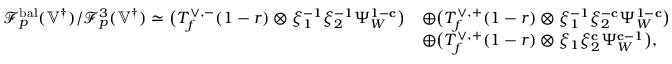
\begin{array} { r l } { \mathscr { F } _ { p } ^ { \mathrm { b a l } } ( { \mathbb { V } ^ { \dagger } } ) / \mathscr { F } _ { p } ^ { 3 } ( { \mathbb { V } ^ { \dagger } } ) \simeq \bigl ( T _ { f } ^ { \vee , - } ( 1 - r ) \otimes \xi _ { 1 } ^ { - 1 } \xi _ { 2 } ^ { - 1 } \Psi _ { W } ^ { 1 - \mathbf { c } } \bigr ) } & { \oplus \bigl ( T _ { f } ^ { \vee , + } ( 1 - r ) \otimes \xi _ { 1 } ^ { - 1 } \xi _ { 2 } ^ { - \mathbf { c } } \Psi _ { W } ^ { 1 - \mathbf { c } } \bigr ) } \\ & { \oplus \bigl ( T _ { f } ^ { \vee , + } ( 1 - r ) \otimes \xi _ { 1 } \xi _ { 2 } ^ { \mathbf { c } } \Psi _ { W } ^ { \mathbf { c } - 1 } \bigr ) , } \end{array}